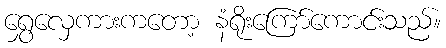
ရွှေလှေကားကတော့ နံရိုးကြော်ကောင်းသည်။